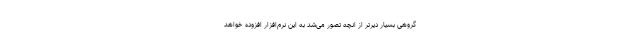
گروهی بسیار دیرتر از انچه تصور می‌شد به این نرم‌افزار افزوده خواهد